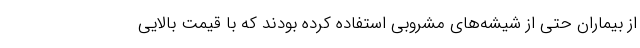
از بیماران حتی از شیشه‌های مشروبی استفاده کرده بودند که با قیمت بالایی